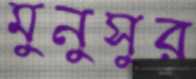
মুনুসুর